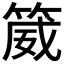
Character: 𬕚